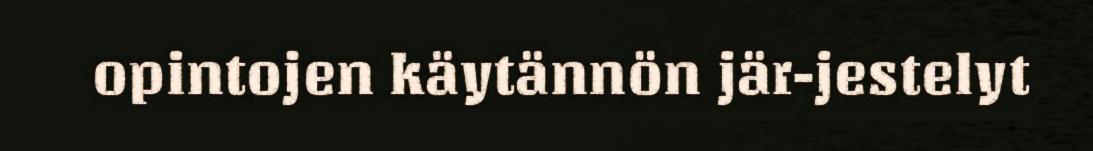
opintojen käytännön jär-jestelyt